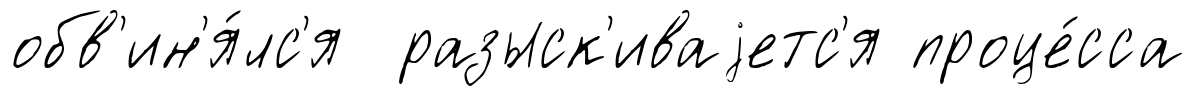
обв'ин'я́лс'я разыск'иваjетс'я проце́сса